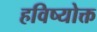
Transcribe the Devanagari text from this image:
हविष्योक्त